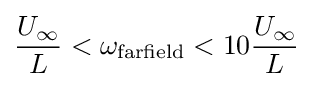
{\frac {U_{\infty }}{L}}<\omega _{\rm {farfield}}<10{\frac {U_{\infty }}{L}}